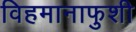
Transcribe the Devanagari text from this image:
विहमानाफुशी